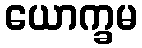
ယောက္ခမ